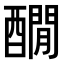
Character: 𨣇